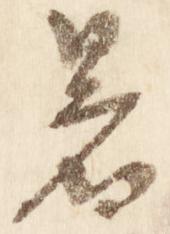
暑